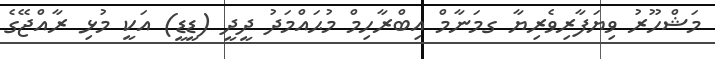
މަޝްހޫރު ވިޔަފާރިވެރިޔާ ގމަނާމް އިބްރާހިމް މުޙައްމަދު ދީދީ (ޑީޑީ) އަކީ މުޅި ރާއްޖޭގެ